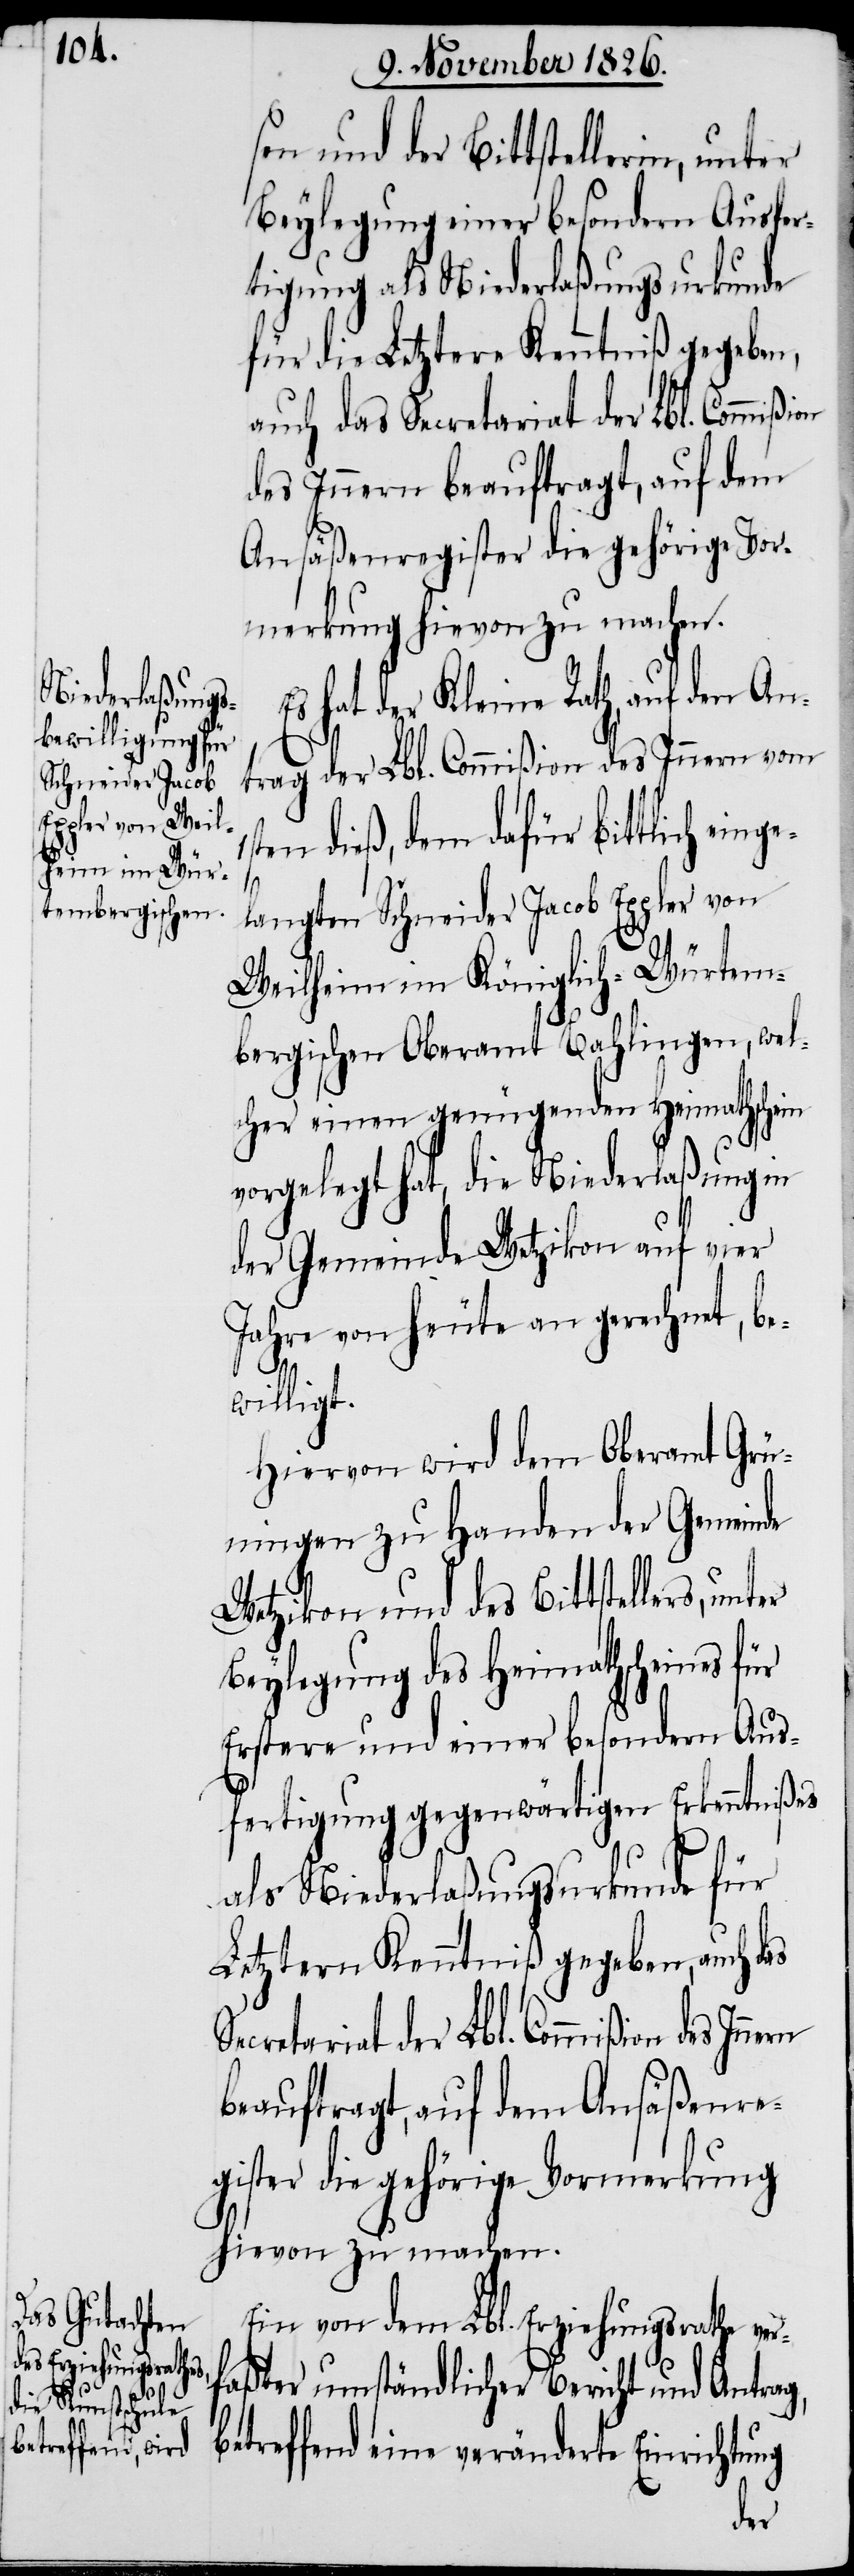
sen und der Bittstellerin, unter
Beylegung einer besondern Ausfer¬
tigung als Niederlaßungsurkunde
für die Letztere Kenntniß gegeben,
auch das Secretariat der Lbl. Commißi¬
des Innern beauftragt, auf dem
Ansäßenregister die gehörige Vor¬
merkung hievon zu machen.
Es hat der Kleine Rath, auf den
trag der Lbl. Commißion des Innern vom
ten dieß, dem dafür bittlich ein¬
g,
langten Schneider Jacob Eppler von
Weilheim im Königlich-Würtem¬
bergischen Oberamt Bahlingen, wel¬
cher einen genügenden Heimathschein
vorgelegt hat, die Niederlaßung in
der Gemeinde Wetzikon auf vier
Jahre von heute an gerechnet, be¬
willigt.
Hiervon wird dem Oberamt Grü¬
ningen zu Handen der Gemeinde
Wetzikon und des Bittstellers, un¬
Beylegung des Heimathscheines für
Erstere und einer besondern Aus¬
fertigung gegenwärtigen Erkenntnißes
als Niederlaßungsurkunde für
Letztern Kenntniß gegeben,
Ein von dem Lbl. Erziehungsrathe ver¬
faßter umständlicher Bericht und Antra¬
betreffend eine veränderte Einrichtung
ter